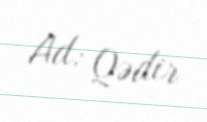
Ad: Qədir